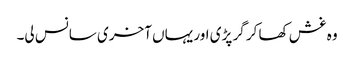
وہ غش کھا کر گر پڑی اور یہاں آخری سانس لی۔